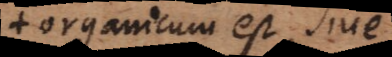
organicum est, sive